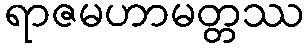
ရာဇမဟာမတ္တဿ